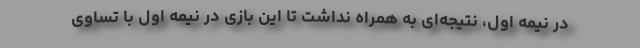
در نیمه اول، نتیجه‌ای به همراه نداشت تا این بازی در نیمه اول با تساوی